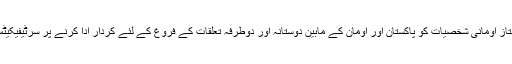
تقریب میں ممتاز اومانی شخصیات کو پاکستان اور اومان کے مابین دوستانہ اور دوطرفہ تعلقات کے فروغ کے لئے کردار ادا کرنے پر سرٹیفیکیٹس دیئے گئے۔